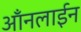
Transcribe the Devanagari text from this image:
ऑंनलाईन